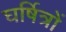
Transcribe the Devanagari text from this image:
घर्षित्रों